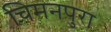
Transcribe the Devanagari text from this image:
चिमनपुरा